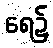
ရေ၌